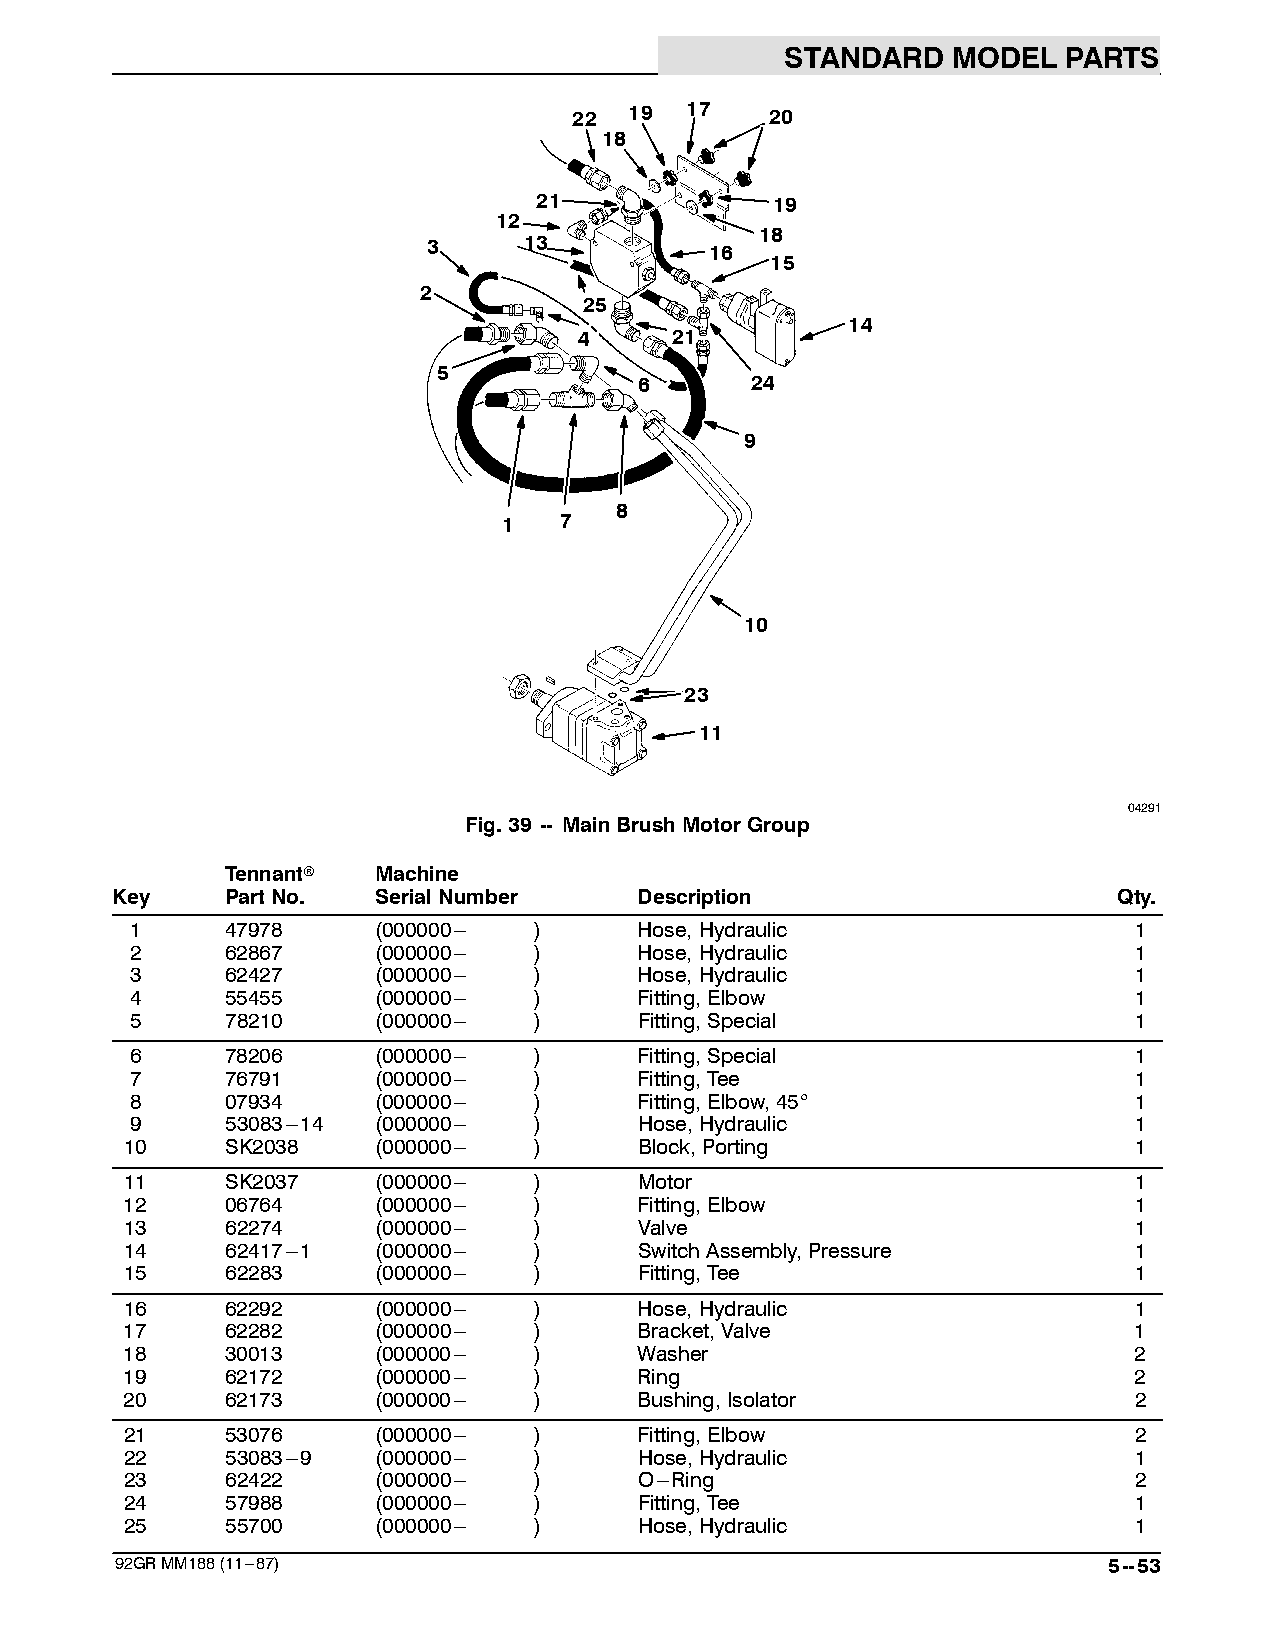
STANDARD   MODEL   PARTS
 22  19 17    20
 18
 21             19
 12
 18
 3      13          16
 15
 2
 25
 14
 4      21
 5
 6       24
 9
 8
 1   7
 10
 23
 11
 04291
 Fig.39 -- MainBrushMotorGroup
 Tennantr  Machine
 Key     PartNo.   SerialNumber     Description                     Qty.
 1     47978     (000000--- )     Hose,Hydraulic                   1
 2     62867     (000000--- )     Hose,Hydraulic                   1
 3     62427     (000000--- )     Hose,Hydraulic                   1
 4     55455     (000000--- )     Fitting,Elbow                    1
 5     78210     (000000--- )     Fitting,Special                  1
 6     78206     (000000--- )     Fitting,Special                  1
 7     76791     (000000--- )     Fitting,Tee                      1
 8     07934     (000000--- )     Fitting,Elbow,45_                1
 9     53083---14 (000000--- )    Hose,Hydraulic                   1
 10     SK2038    (000000--- )     Block,Porting                    1
 11     SK2037    (000000--- )     Motor                            1
 12     06764     (000000--- )     Fitting,Elbow                    1
 13     62274     (000000--- )     Valve                            1
 14     62417---1 (000000--- )     SwitchAssembly,Pressure          1
 15     62283     (000000--- )     Fitting,Tee                      1
 16     62292     (000000--- )     Hose,Hydraulic                   1
 17     62282     (000000--- )     Bracket,Valve                    1
 18     30013     (000000--- )     Washer                           2
 19     62172     (000000--- )     Ring                             2
 20     62173     (000000--- )     Bushing,Isolator                 2
 21     53076     (000000--- )     Fitting,Elbow                    2
 22     53083---9 (000000--- )     Hose,Hydraulic                   1
 23     62422     (000000--- )     O---Ring                         2
 24     57988     (000000--- )     Fitting,Tee                      1
 25     55700     (000000--- )     Hose,Hydraulic                   1
 92GRMM188(11---87)                                               5--53